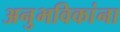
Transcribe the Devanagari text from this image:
अनुभविकांना